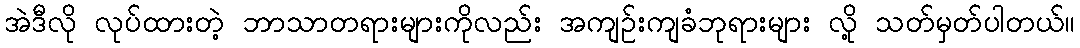
အဲဒီလို လုပ်ထားတဲ့ ဘာသာတရားများကိုလည်း အကျဉ်းကျခံဘုရားများ လို့ သတ်မှတ်ပါတယ်။